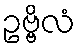
ဥဗ္ဗိလံ